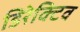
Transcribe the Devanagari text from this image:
डिरेक्टिव